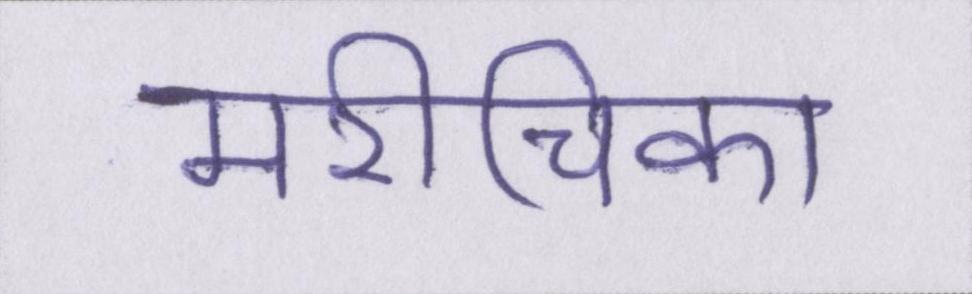
मरीचिका